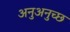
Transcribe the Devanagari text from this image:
अनुअनुच्छ